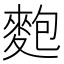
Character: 麭